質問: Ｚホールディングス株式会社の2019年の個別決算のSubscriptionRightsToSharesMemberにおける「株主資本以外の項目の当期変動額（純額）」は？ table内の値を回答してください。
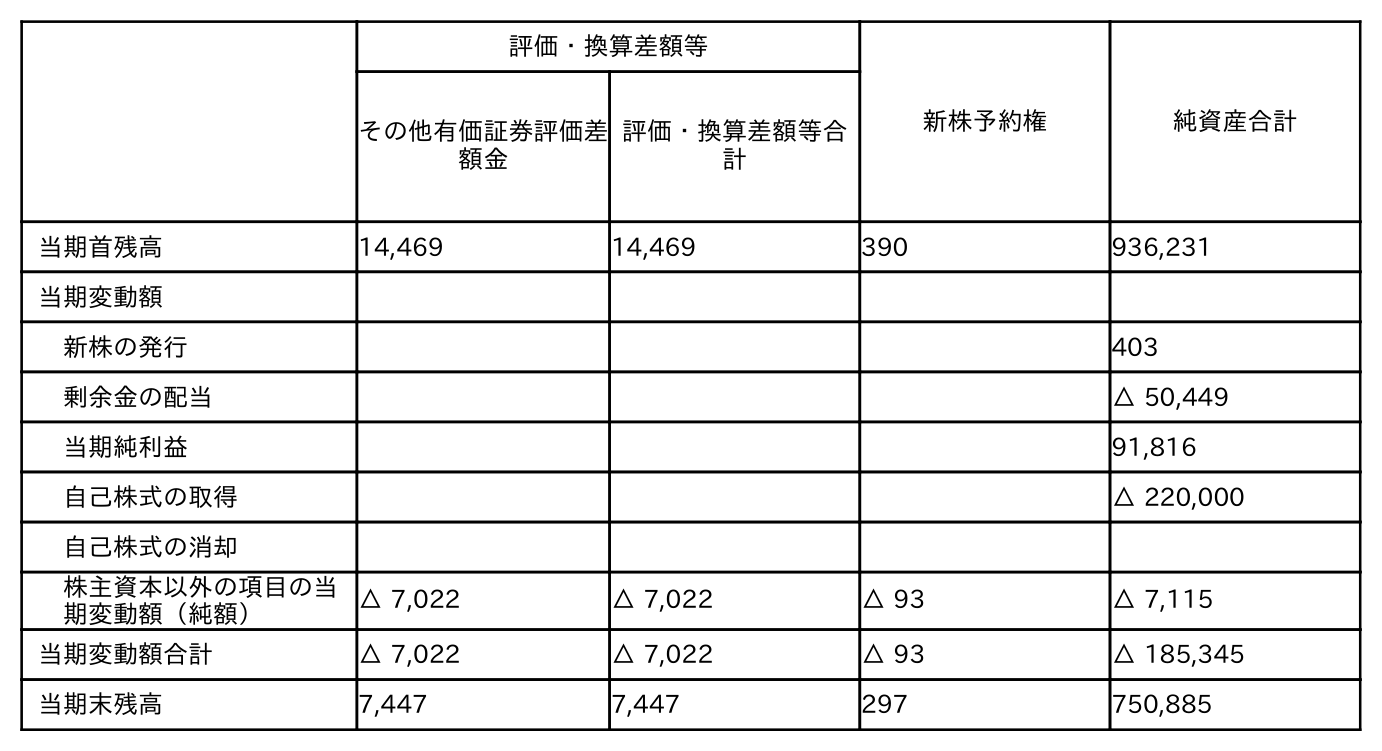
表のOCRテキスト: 評価・換算差額等 新株予約権 純資産合計 その他有価証券評価差 額金 評価・換算差額等合 計 当期首残高 14,469 14,469 390 936,231 当期変動額 新株の発行 403 剰余金の配当 △ 50,449 当期純利益 91,816 自己株式の取得 △ 220,000 自己株式の消却 株主資本以外の項目の当 期変動額（純額） △ 7,022 △ 7,022 △ 93 △ 7,115 当期変動額合計 △ 7,022 △ 7,022 △ 93 △ 185,345 当期末残高 7,447 7,447 297 750,885
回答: △93